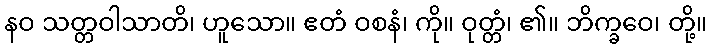
နဝ သတ္တဝါသာတိ၊ ဟူသော။ ဧတံ ဝစနံ၊ ကို။ ဝုတ္တံ၊ ၏။ ဘိက္ခဝေ၊ တို့။